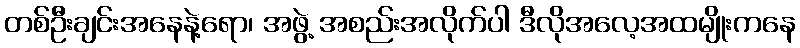
တစ်ဦးချင်းအနေနဲ့ရော၊ အဖွဲ့ အစည်းအလိုက်ပါ ဒီလိုအလေ့အထမျိုးကနေ